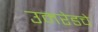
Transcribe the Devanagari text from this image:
उमरेडचे